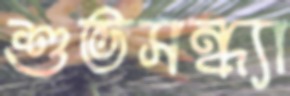
শুভসন্ধ্যা